Annual administration report of the Civil Veterinary Department of India - 1895-1896
Year: 1895
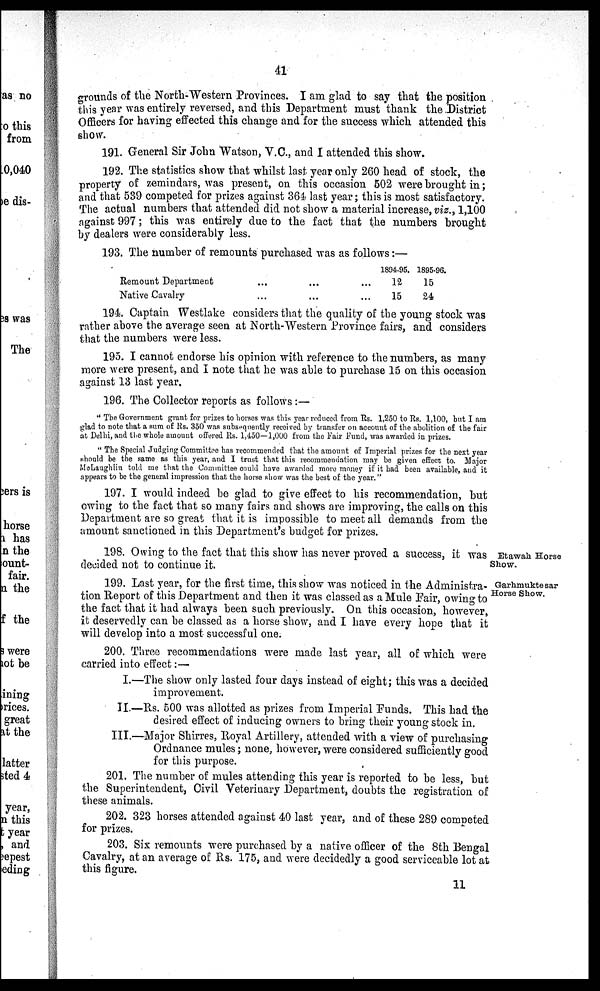
41
grounds of the North-Western Provinces. I am glad to say that the position
this year was entirely reversed, and this Department must thank the District
Officers for having effected this change and for the success which attended this
show.
191. General Sir John Watson, V.C., and I attended this show.
192. The statistics show that whilst last year only 260 head of stock, the
property of zemindars, was present, on this occasion 502 were brought in;
and that 539 competed for prizes against 364 last year; this is most satisfactory.
The actual numbers that attended did not show a material increase, viz., 1,100
against 997; this was entirely due to the fact that the numbers brought
by dealers were considerably less.
193. The number of remounts purchased was as follows:—
Remount Department ... ... ...
Native Cavalry ... ... ...
1894-95.
12
15
1895-96.
15
24
194. Captain Westlake considers that the quality of the young stock was
rather above the average seen at North-Western Province fairs, and considers
that the numbers were less.
195. I cannot endorse his opinion with reference to the numbers, as many
more were present, and I note that he was able to purchase 15 on this occasion
against 13 last year.
196. The Collector reports as follows:—
"The Government grant for prizes to horses was this year reduced from Rs. 1,250 to Rs. 1,100, but I am
glad to note that a sum of Rs. 350 was subsequently received by transfer on account of the abolition of the fair
at Delhi, and the whole amount offered Rs. 1,450—1,000 from the Fair Fund, was awarded in prizes.
"The Special Judging Committee has recommended that the amount of Imperial prizes for the next year
should be the same as this year, and I trust that this recommendation may be given effect to. Major
McLaughlin told me that the Committee could have awarded more money if it had been available, and it
appears to be the general impression that the horse show was the best of the year."
197. I would indeed be glad to give effect to his recommendation, but
owing to the fact that so many fairs and shows are improving, the calls on this
Department are so great that it is impossible to meet all demands from the
amount sanctioned in this Department's budget for prizes.
Etawah Horse
Show.
198. Owing to the fact that this show has never proved a success, it was
decided not to continue it.
Garhmukte sar
Horse Show.
199. Last year, for the first time, this show was noticed in the Administra-
tion Report of this Department and then it was classed as a Mule Fair, owing to
the fact that it had always been such previously. On this occasion, however,
it deservedly can be classed as a horse show, and I have every hope that it
will develop into a most successful one.
200. Three recommendations were made last year, all of which were
carried into effect:—
I.—The show only lasted four days instead of eight; this was a decided
improvement.
II.—Rs. 500 was allotted as prizes from Imperial Funds. This had the
desired effect of inducing owners to bring their young stock in.
III.—Major Shirres, Royal Artillery, attended with a view of purchasing
Ordnance mules; none, however, were considered sufficiently good
for this purpose.
201. The number of mules attending this year is reported to be less, but
the Superintendent, Civil Veterinary Department, doubts the registration of
these animals.
202. 323 horses attended against 40 last year, and of these 289 competed
for prizes.
203. Six remounts were purchased by a native officer of the 8th Bengal
Cavalry, at an average of Rs. 175, and were decidedly a good serviceable lot at
this figure.
11